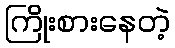
ကြိုးစားနေတဲ့